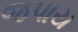
જપાય